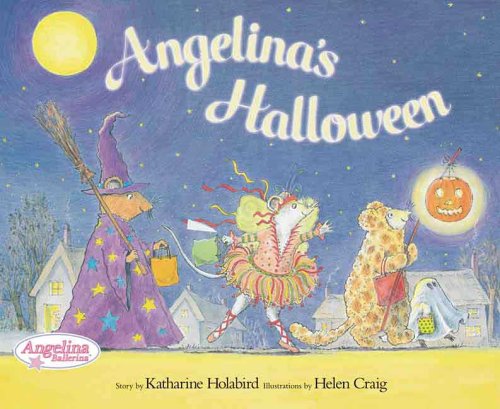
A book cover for Angelina's Halloween (Angelina Ballerina); Katharine Holabird; Children's Books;